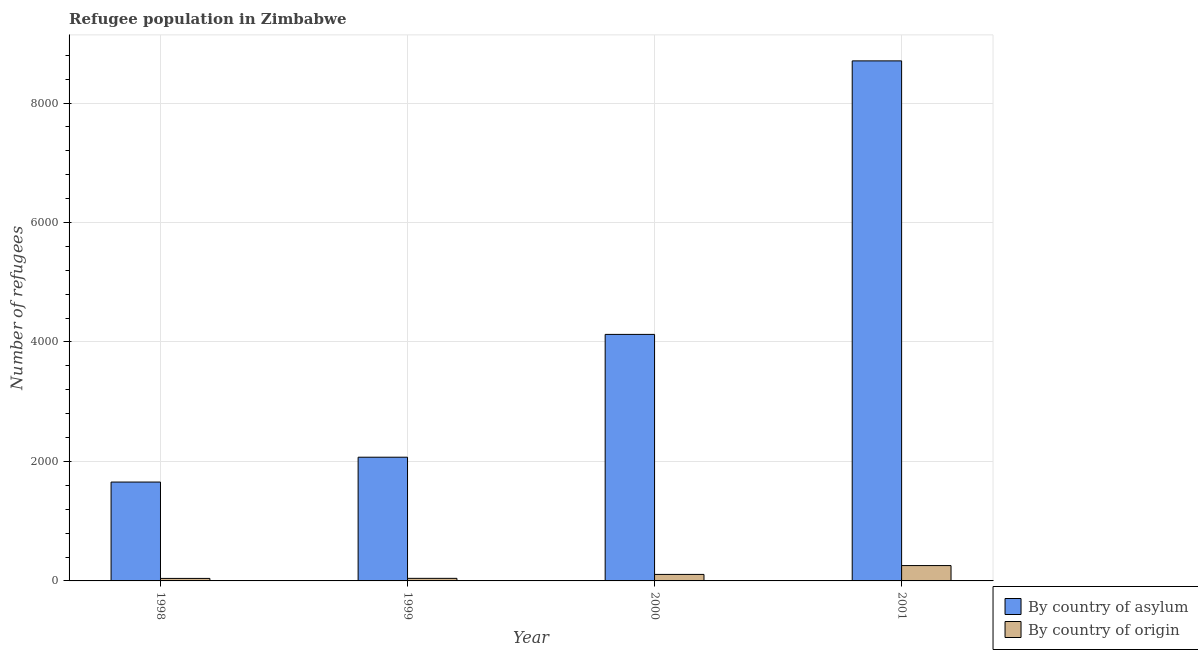
| Year | By country of asylum | By country of origin |
 | --- | --- | --- |
 | 1998 | 1.66e+03 | 42 |
 | 1999 | 2.07e+03 | 43 |
 | 2000 | 4.13e+03 | 109 |
 | 2001 | 8.71e+03 | 257 |